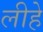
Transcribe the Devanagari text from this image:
लीहे